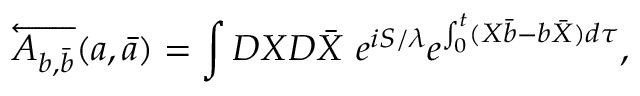
\overleftarrow { A _ { b , \bar { b } } } ( a , \bar { a } ) = \int { \cal D } X { \cal D } \bar { X } \ e ^ { i S / \lambda } e ^ { \int _ { 0 } ^ { t } ( X \bar { b } - b \bar { X } ) d \tau } ,